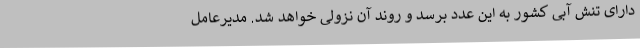
دارای تنش آبی کشور به این عدد برسد و روند آن نزولی خواهد شد. مدیرعامل